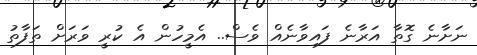
ނަށާނެ ގޮތާ އަރާނެ ފައިވާނެއް ވެސް.. އެމީހުން އެ ކުރީ ވަރަށް ތަފާތު